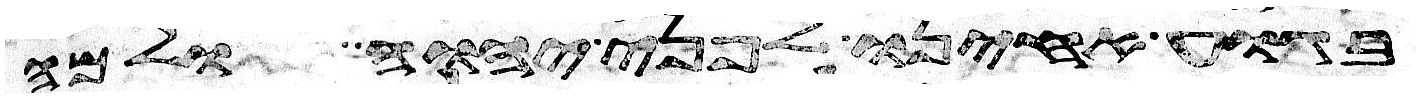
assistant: בגוע אחינו לפני יהוה ולמה